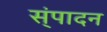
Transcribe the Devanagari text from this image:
स्ंपादन